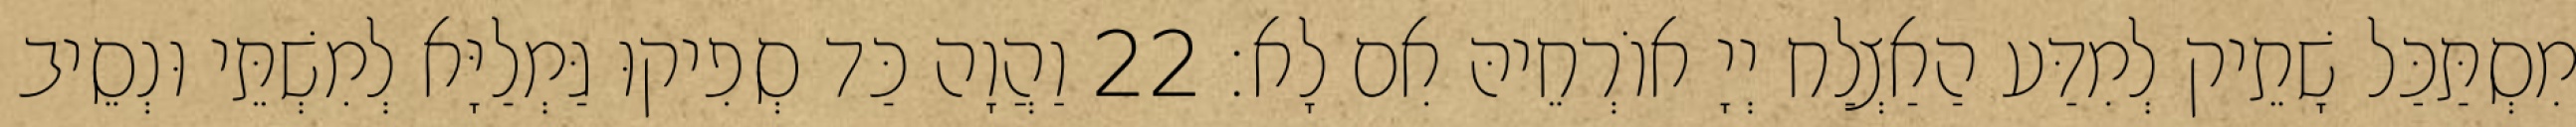
מִסְתַּכַּל שָׁתֵיק לְמִדַּע הַאַצְלַח יְיָ אוֹרְחֵיהּ אִם לָא׃ 22 וַהֲוָה כַּד סְפִיקוּ גַּמְלַיָּא לְמִשְׁתֵּי וּנְסֵיב